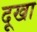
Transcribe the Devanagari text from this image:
दूखा